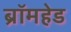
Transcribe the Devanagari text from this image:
ब्रॉमहेड